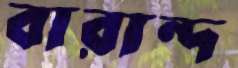
বারান্দ